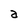
Character: a